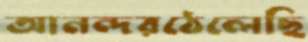
আনন্দরঠেলেছি